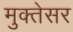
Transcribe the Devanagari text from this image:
मुक्तेसर